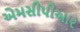
એમસીપીઆર